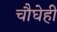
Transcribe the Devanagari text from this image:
चौघेही